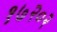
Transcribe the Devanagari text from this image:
१७२०२